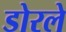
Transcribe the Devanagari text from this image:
डोरले